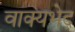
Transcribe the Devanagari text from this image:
वाक्यभेद